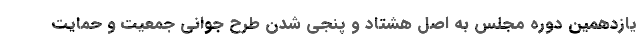
یازدهمین دوره مجلس به اصل هشتاد و پنجی شدن طرح جوانی جمعیت و حمایت